Annual report on the mental hospital in the Central Provinces and Berar (Nagpur) - 1927-1951
Year: 1927
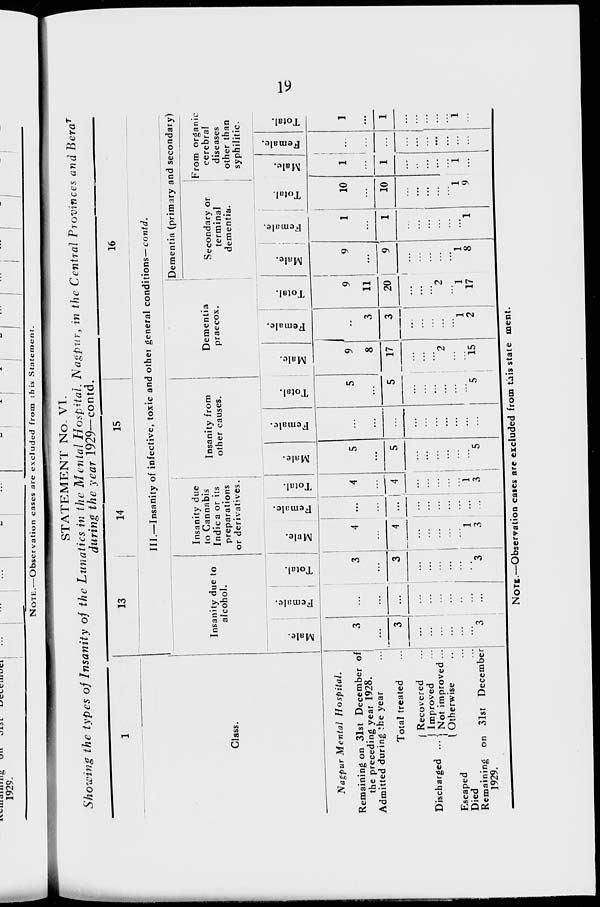
19
STATEMENT No. VI.
Showing the types of Insanity of the Lunatics in the Mental Hospital. Nagpur, in the Central Provinces and Berar
during the year 1929—contd.
1
Class.
Nagpur Mental
Hospital.
Remaining on 31st December of
the preceding year 1928.
Admitted during the year ...
Total treated ...
Discharged ...
Recovered ...
Improved ...
Not improved ...
Otherwise ...
Escaped ...
Died ...
Remaining on 31st December
1929.
13
Insanity due to
alcohol.
Male.
3
...
3
...
...
...
...
...
...
3
Female.
...
...
...
...
...
...
...
...
...
...
Total.
3
...
3
...
...
...
...
...
...
3
14
15
16
III.—Insanity of infective, toxic and other general conditions— contd.
Insanity due
to Cannabis
Indica or its
preparations
or derivatives.
Male.
4
...
4
...
...
...
...
...
1
3
Female.
...
...
...
...
...
...
...
...
...
...
Total.
4
...
4
...
...
...
...
...
1
3
Insanity from
other causes.
Male.
5
...
5
...
...
...
...
...
...
5
Female.
...
...
...
...
...
...
...
...
...
...
Total.
5
...
5
...
...
...
...
...
...
5
Dementia
praecox.
Male.
9
8
17
...
...
...
2
...
...
15
Female.
...
3
3
...
...
...
...
...
1
2
Total.
9
11
20
...
...
...
2
...
1
17
Dementia (primary and secondary)
Secondary or
terminal
dementia.
Male.
9
...
9
...
...
...
...
...
1
8
Female.
1
...
1
...
...
...
...
...
...
1
Total.
10
...
10
...
...
...
...
...
1
9
From organic
cerebral
diseases
other than
syphilitic.
Male.
1
...
1
...
...
...
...
...
1
...
Female.
...
...
...
...
...
...
...
...
...
...
Total.
1
...
1
...
...
...
...
...
1
...
NOTE.—Observation cases are excluded from this state ment.